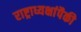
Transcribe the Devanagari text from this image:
राष्ट्राध्यक्षांपैकी